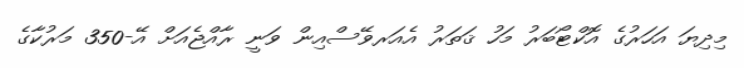
މިދިޔަ އަހަރުގެ އޮކްޓޯބަރު މަހު ޤަތަރު އެއަރވޭސްއިން ވަނީ ރާއްޖެއަށް އޭ-350 މަރުކާގެ